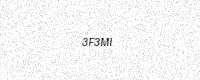
Text: 3F3MI